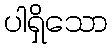
ပါရှိသော